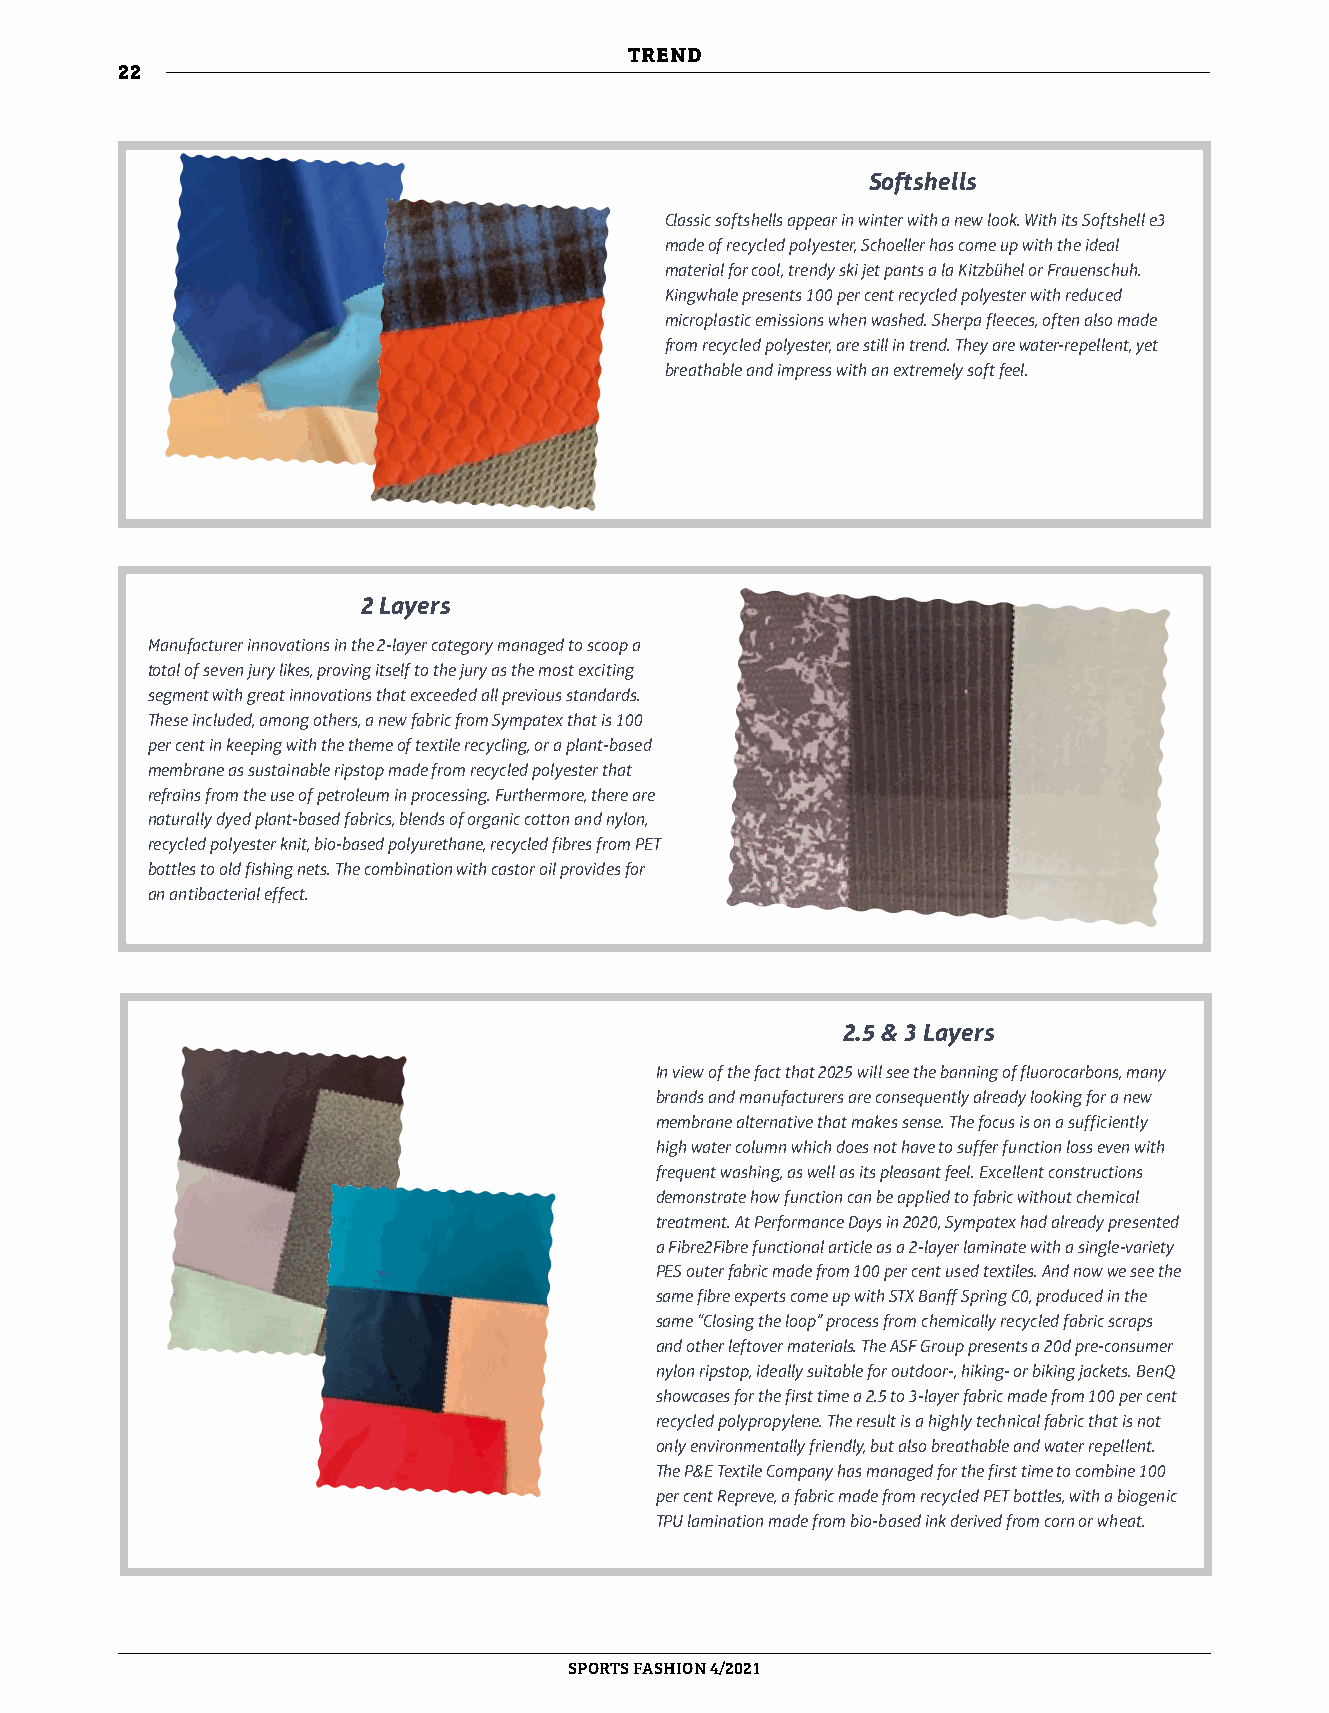
TREND
 22
 Softshells
 Classic softshells appear in winter with a new look. With its Softshell e3
 made of recycled polyester, Schoeller has come up with the ideal
 material for cool, trendy ski jet pants a la Kitzbühel or Frauenschuh.
 Kingwhale presents 100 per cent recycled polyester with reduced
 microplastic emissions when washed. Sherpa fleeces, often also made
 from recycled polyester, are still in trend. They are water-repellent, yet
 breathable and impress with an extremely soft feel.
 2 Layers
 Manufacturer innovations in the 2-layer category managed to scoop a
 total of seven jury likes, proving itself to the jury as the most exciting
 segment with great innovations that exceeded all previous standards.
 These included, among others, a new fabric from Sympatex that is 100
 per cent in keeping with the theme of textile recycling, or a plant-based
 membrane as sustainable ripstop made from recycled polyester that
 refrains from the use of petroleum in processing. Furthermore, there are
 naturally dyed plant-based fabrics, blends of organic cotton and nylon,
 recycled polyester knit, bio-based polyurethane, recycled fibres from PET
 bottles to old fishing nets. The combination with castor oil provides for
 an antibacterial effect.
 2.5 & 3 Layers
 In view of the fact that 2025 will see the banning of fluorocarbons, many
 brands and manufacturers are consequently already looking for a new
 membrane alternative that makes sense. The focus is on a sufficiently
 high water column which does not have to suffer function loss even with
 frequent washing, as well as its pleasant feel. Excellent constructions
 demonstrate how function can be applied to fabric without chemical
 treatment. At Performance Days in 2020, Sympatex had already presented
 a Fibre2Fibre functional article as a 2-layer laminate with a single-variety
 PES outer fabric made from 100 per cent used textiles. And now we see the
 same fibre experts come up with STX Banff Spring C0, produced in the
 same “Closing the loop” process from chemically recycled fabric scraps
 and other leftover materials. The ASF Group presents a 20d pre-consumer
 nylon ripstop, ideally suitable for outdoor-, hiking- or biking jackets. BenQ
 showcases for the first time a 2.5 to 3-layer fabric made from 100 per cent
 recycled polypropylene. The result is a highly technical fabric that is not
 only environmentally friendly, but also breathable and water repellent.
 The P&E Textile Company has managed for the first time to combine 100
 per cent Repreve, a fabric made from recycled PET bottles, with a biogenic
 TPU lamination made from bio-based ink derived from corn or wheat.
 SPORTSFASHION 4/2021